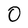
Character: 0